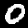
Digit: 0